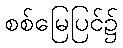
စစ်မြေပြင်၌